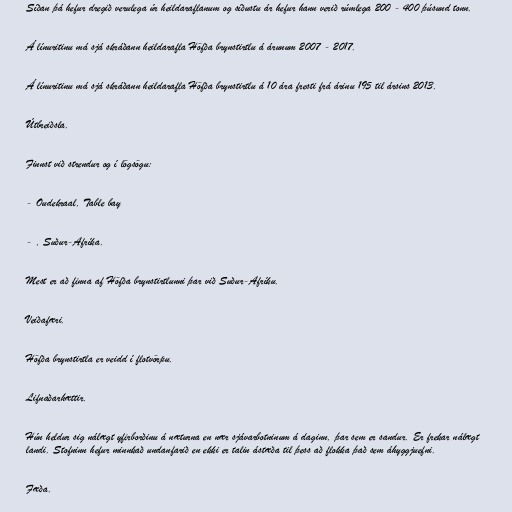
Síðan þá hefur dregið verulega úr heildaraflanum og síðustu ár hefur hann verið rúmlega 200 - 400 þúsund tonn.

Á línuritinu má sjá skráðann heildarafla Höfða brynstirtlu á árunum 2007 - 2017.

Á línuritinu má sjá skráðann heildarafla Höfða brynstirtlu á 10 ára fresti frá árinu 195 til ársins 2013.

Útbreiðsla.

Finnst við strendur og í lögsögu:

- Oudekraal, Table bay

- , Suður-Afríka.

Mest er að finna af Höfða brynstirtlunni þar við Suður-Afríku.

Veiðafæri.

Höfða brynstirtla er veidd í flotvörpu.

Lifnaðarhættir.

Hún heldur sig nálægt yfirborðinu á næturna en nær sjávarbotninum á daginn, þar sem er sandur. Er frekar nálægt
landi. Stofninn hefur minnkað undanfarið en ekki er talin ástæða til þess að flokka það sem áhyggjuefni.

Fæða.